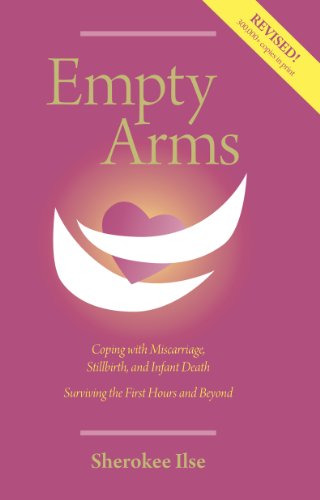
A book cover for Empty Arms: Coping With Miscarriage, Stillbirth and Infant Death; Sherokee Ilse; Parenting & Relationships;